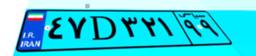
۴۷D۳۲۱۹۹